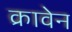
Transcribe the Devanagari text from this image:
क्रावेन